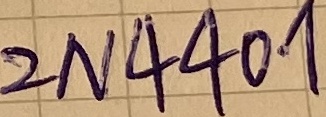
Text: 2N4401